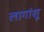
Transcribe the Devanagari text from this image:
लागांशू